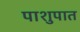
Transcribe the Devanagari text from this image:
पाशुपात